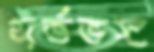
সর্তভঙ্গ